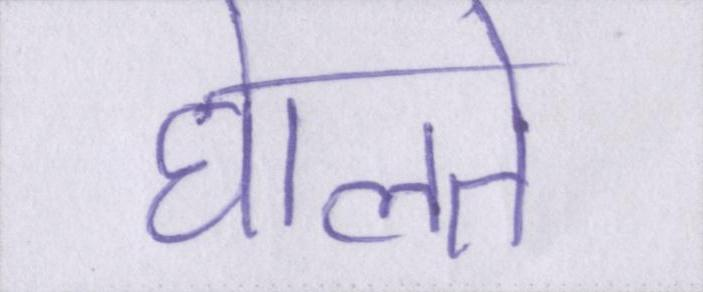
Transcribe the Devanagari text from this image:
घेालते